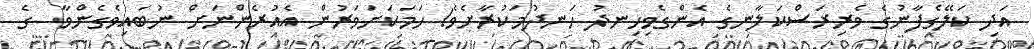
އަދި ކަލޭގެފާނުގެ ވެރިރަސްކަލާނގެ އެންގެވިހިނދު ހަނދުމަކުރާށެވެ! ހަމަކަށަވަރުން އެއުރެންނަށް ނުބައިވެގެންވާ  ގެ